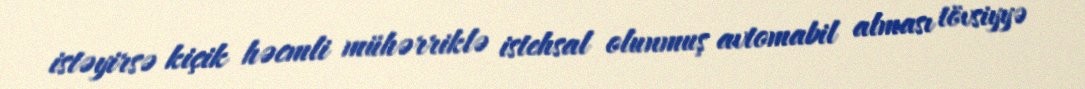
istəyirsə kiçik həcmli mühərriklə istehsal olunmuş avtomabil alması tövsiyyə